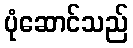
ပုံဆောင်သည်